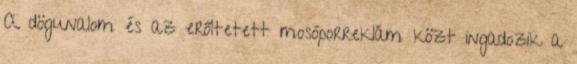
A dögunalom és az erőltetett mosóporreklám közt ingadozik a